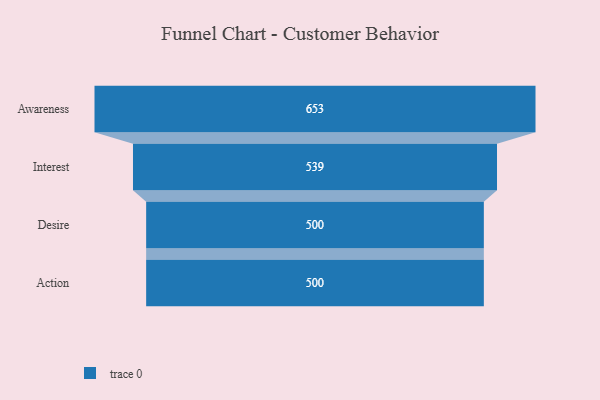
{"axis": {"x": "Stage", "y": "Value"}, "legend": [""], "data": [{"x": "Awareness", "y": 653.0, "type": ""}, {"x": "Interest", "y": 539.0, "type": ""}, {"x": "Desire", "y": 500, "type": ""}, {"x": "Action", "y": 500, "type": ""}]}